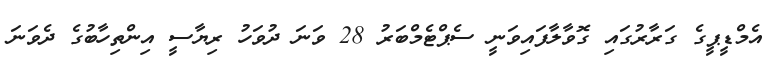
އެމްޑީޕީގެ ގަރާރުގައި ގޮވާލާފައިވަނީ ސެޕްޓެމްބަރު 28 ވަނަ ދުވަހު ރިޔާސީ އިންތިހާބުގެ ދެވަނަ